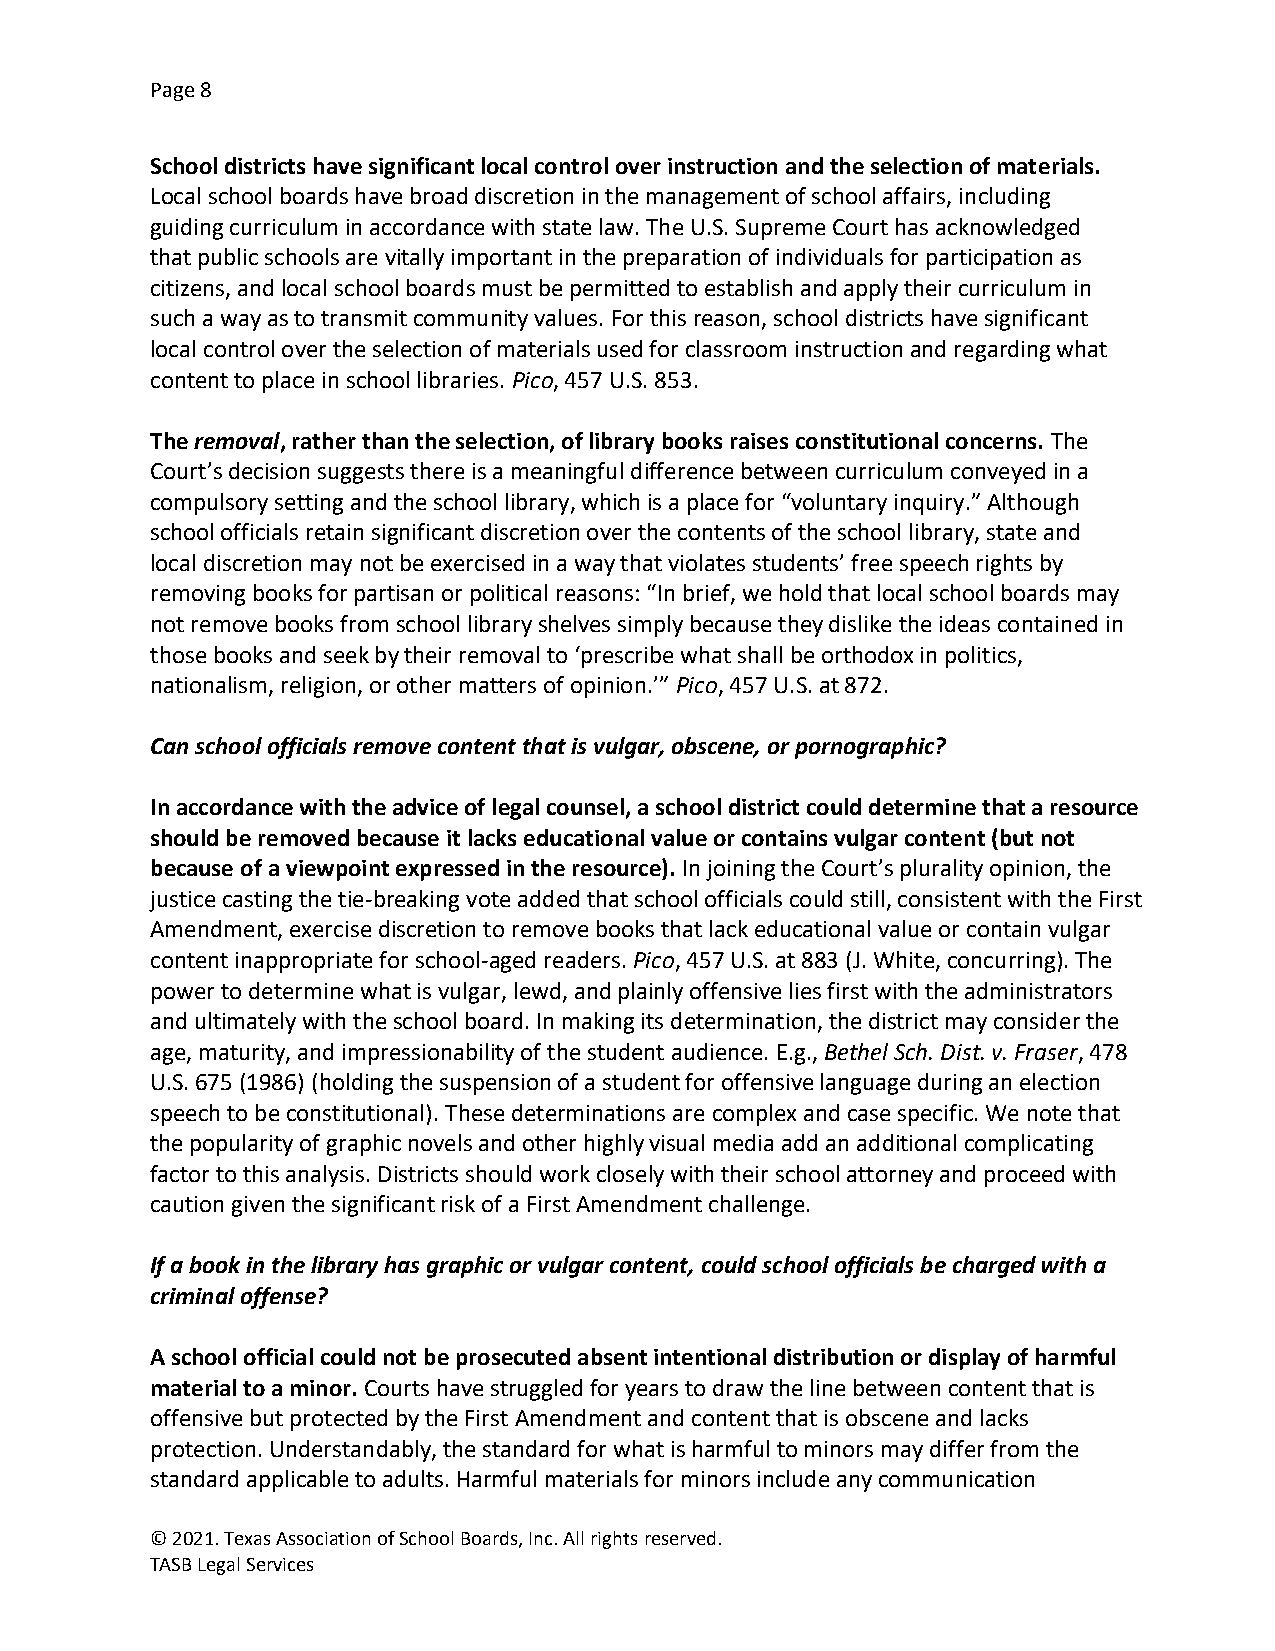
Page 8
 School districts have significant local control over instruction and the selection of materials.
 Local school boards have broad discretion in the management of school affairs, including
 guiding curriculum in accordance with state law. The U.S. Supreme Court has acknowledged
 that public schools are vitally important in the preparation of individuals for participation as
 citizens, and local school boards must be permitted to establish and apply their curriculum in
 such a way as to transmit community values. For this reason, school districts have significant
 local control over the selection of materials used for classroom instruction and regarding what
 content to place in school libraries. Pico, 457 U.S. 853.
 The removal, rather than the selection, of library books raises constitutional concerns. The
 Court’s decision suggests there is a meaningful difference between curriculum conveyed in a
 compulsory setting and the school library, which is a place for “voluntary inquiry.” Although
 school officials retain significant discretion over the contents of the school library, state and
 local discretion may not be exercised in a way that violates students’ free speech rights by
 removing books for partisan or political reasons: “In brief, we hold that local school boards may
 not remove books from school library shelves simply because they dislike the ideas contained in
 those books and seek by their removal to ‘prescribe what shall be orthodox in politics,
 nationalism, religion, or other matters of opinion.’” Pico, 457 U.S. at 872.
 Can school officials remove content that is vulgar, obscene, or pornographic?
 In accordance with the advice of legal counsel, a school district could determine that a resource
 should be removed because it lacks educational value or contains vulgar content (but not
 because of a viewpoint expressed in the resource). In joining the Court’s plurality opinion, the
 justice casting the tie-breaking vote added that school officials could still, consistent with the First
 Amendment, exercise discretion to remove books that lack educational value or contain vulgar
 content inappropriate for school-aged readers. Pico, 457 U.S. at 883 (J. White, concurring). The
 power to determine what is vulgar, lewd, and plainly offensive lies first with the administrators
 and ultimately with the school board. In making its determination, the district may consider the
 age, maturity, and impressionability of the student audience. E.g., Bethel Sch. Dist. v. Fraser, 478
 U.S. 675 (1986) (holding the suspension of a student for offensive language during an election
 speech to be constitutional). These determinations are complex and case specific. We note that
 the popularity of graphic novels and other highly visual media add an additional complicating
 factor to this analysis. Districts should work closely with their school attorney and proceed with
 caution given the significant risk of a First Amendment challenge.
 If a book in the library has graphic or vulgar content, could school officials be charged with a
 criminal offense?
 A school official could not be prosecuted absent intentional distribution or display of harmful
 material to a minor. Courts have struggled for years to draw the line between content that is
 offensive but protected by the First Amendment and content that is obscene and lacks
 protection. Understandably, the standard for what is harmful to minors may differ from the
 standard applicable to adults. Harmful materials for minors include any communication
 © 2021. Texas Association of School Boards, Inc. All rights reserved.
 TASB Legal Services